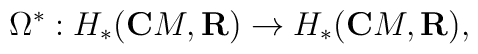
\Omega ^{\ast}:H_{\ast}({\bf C}M,{\bf R})\rightarrow H_{\ast}({\bf C}M,{\bf R}),